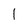
Character: I